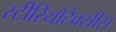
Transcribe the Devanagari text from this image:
स्टीरियोटैक्सीस